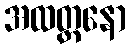
အထတ္တနော